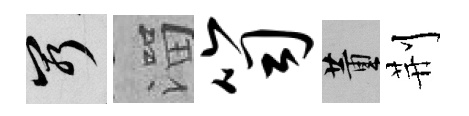
窮溜笥董荆